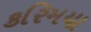
કરિમયા